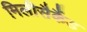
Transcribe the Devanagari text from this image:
मिलीसैकैंड